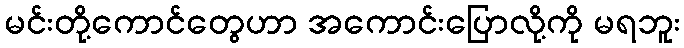
မင်းတို့ကောင်တွေဟာ အကောင်းပြောလို့ကို မရဘူး